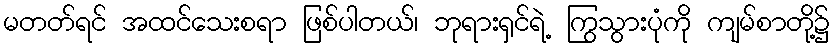
မတတ်ရင် အထင်သေးစရာ ဖြစ်ပါတယ်၊ ဘုရားရှင်ရဲ့ ကြွသွားပုံကို ကျမ်စာတို့၌